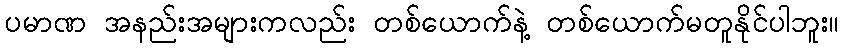
ပမာဏ အနည်းအများကလည်း တစ်ယောက်နဲ့ တစ်ယောက်မတူနိုင်ပါဘူး။